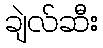
ချဲလ်ဆီး